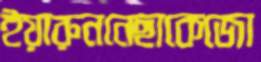
ইয়ারুননেছাকেজো